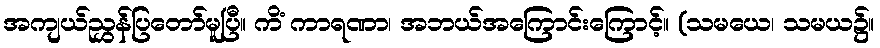
အကျယ်ညွှန်ပြတော်မူပြီ။ ကိံ ကာရဏာ၊ အဘယ်အကြောင်းကြောင့်။ (သမယေ၊ သမယ၌။